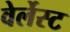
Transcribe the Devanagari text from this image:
वेर्लेस्ट